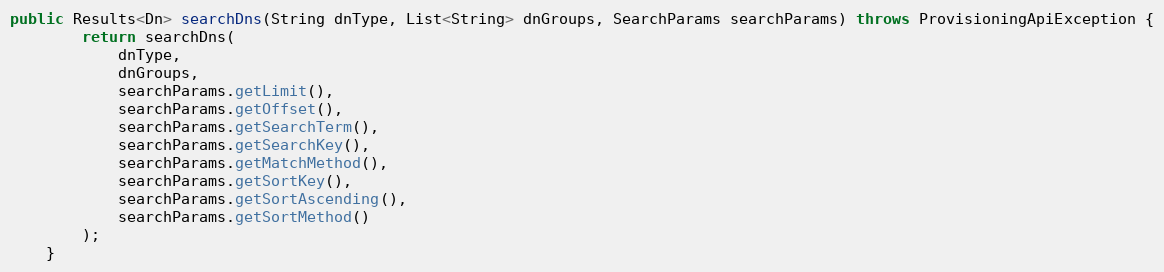
Language: Java
public Results<Dn> searchDns(String dnType, List<String> dnGroups, SearchParams searchParams) throws ProvisioningApiException {
		return searchDns(
			dnType,
			dnGroups,
			searchParams.getLimit(),
			searchParams.getOffset(),
			searchParams.getSearchTerm(),
			searchParams.getSearchKey(),
			searchParams.getMatchMethod(),
			searchParams.getSortKey(),
			searchParams.getSortAscending(),
			searchParams.getSortMethod()
		);
	}